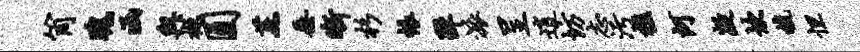
筒瑰函与樾圆蔗垂晰杉帐弹派呈逍坊志污樵河凝坎梳怛